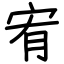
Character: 宥